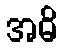
အဓိ